Vaccination in the Punjab 1867-1880 - 1867-1880
Year: 1867
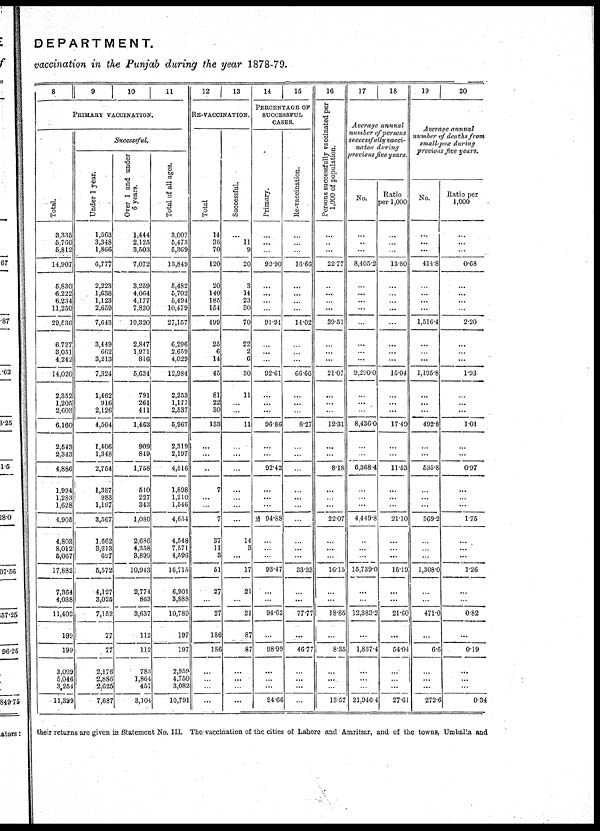
DEPARTMENT.
vaccination in the Punjab during the year 1878-79.
8
9
10
11
PRIMARY VACCINATION.
Total.
8,335
5,760
5,812
14,907
5,830
6,222
6,234
11,250
29,536
6,727
3,051
4,242
14,020
2,352
1,205
2,603
6,160
2,543
2,343
4,886
1,994
1,283
1,628
4,905
4.803
8,012
5,067
17,882
7,364
4,038
11,402
199
199
3,093
5,046
3,254
11,399
Successful.
Under 1 year.
1,563
3,348
1,866
6,777
2,223
1,638
1,123
2,659
7,643
3,449
662
3,213
7,324
1,462
916
2,126
4,504
1,406
1,348
2,754
1,387
983
1,197
3,567
1,662
3,213
697
5,572
4,127
3,025
7,152
77
77
2,176
2,886
2,625
7,687
Over 1 and under
6 years.
1,444
2,125
3,503
7,072
3,259
4,064
4,177
7,820
19,320
2,847
1,971
816
5,634
791
261
411
1,463
909
849
1,758
510
227
343
1,080
2,686
4,368
3,899
10,943
2,774
863
3,637
112
112
783
1,864
457
3,104
Total of all ages.
3,007
5,473
5,369
13,849
5,482
5,702
5,494
10,479
27,157
6,296
2,659
4,029
12,984
2,253
1,177
2,537
5,967
2,319
2,197
4,516
1,898
1,210
1,546
4,654
4,548
7,571
4,596
16,715
6,901
3,888
10,789
197
197
2,959
4,750
3,082
10,791
1,
13
RE-VACCINATION.
Total
14
36
70
120
20
140
185
154
499
25
6
14
45
81
22
30
133
...
...
..
7
...
...
7
37
11
3
51
27
...
27
186
186
...
...
...
...
Successful.
...
11
9
20
3
14
23
30
70
22
2
6
30
11
...
...
11
...
...
...
...
...
...
...
14
3
...
17
21
...
21
87
87
...
...
...
...
14
15
PERCENTAGE OF
SUCCESSFUL
CASES.
Primary.
...
...
...
92.90
...
...
...
...
91.91
...
...
...
92.61
...
...
...
96.86
...
...
92.42
...
...
...
94.88
...
...
...
93.47
...
...
94.62
...
98.99
...
...
...
94.66
Re-vaccination.
...
...
...
16.66
...
...
...
...
14.02
...
...
...
66.66
...
...
...
8.27
...
...
...
...
...
...
...
...
...
...
33.33
...
...
77.77
...
46.77
...
...
...
...
16
Persons successfully vaccinated per
1,000 of population.
...
...
...
22.77
...
...
...
...
39.51
...
...
...
21.07
...
...
...
12.31
...
...
8.18
...
...
...
22.07
...
...
...
16.15
...
...
18.85
...
8.35
...
...
...
13.57
17
18
Average
annual
number of persons
successfully
vacci-
nater
during
previous five years.
No.
...
...
...
8,405.2
...
...
...
...
...
...
...
...
9,290.0
...
...
...
8,436.0
...
...
6,368.4
...
...
...
4,449.8
...
...
...
15,739.0
...
...
12,383.2
...
1,837.4
...
...
...
21,946.4
Ratio
per 1,000
...
...
...
13.80
...
...
...
...
...
...
...
...
15.04
...
...
...
17.40
...
...
11.53
...
...
...
21.10
...
...
...
15.19
...
...
21.60
...
54.04
...
...
...
27.61
19
20
Average annual
number of deaths from
small-pox during
precious five years.
No.
...
...
...
414.8
...
...
...
...
1,516.4
...
...
...
1,195.8
...
...
...
492.8
...
...
535.8
...
...
...
369.2
...
...
...
1,308.0
...
...
471.0
...
6.6
...
...
...
272.6
Ratio per
1,000
...
...
...
0.68
...
...
...
...
2.20
...
...
...
1.93
...
...
...
1.01
...
...
0.97
...
...
...
1.75
...
...
...
1.26
...
...
0.82
...
0.19
...
...
...
0.34
their returns are given in Statement No. III. The vaccination of the cities of Lahore and Amritsar, and of the towns, Umballa and